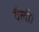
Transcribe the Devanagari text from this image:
वैली।